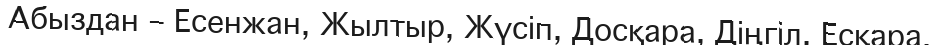
Абыздан – Есенжан, Жылтыр, Жүсіп, Досқара, Діңгіл, Есқара.